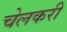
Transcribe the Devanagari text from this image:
चेलकरी